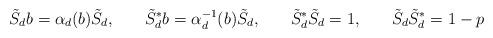
LaTeX: \begin{align*} &\tilde{S}_d b = \alpha_d(b) \tilde{S}_d, &&\tilde{S}_d^* b = \alpha^{-1}_d(b) \tilde{S}_d, &&\tilde{S}_d^*\tilde{S}_d = 1, &&\tilde{S}_d\tilde{S}_d^* = 1-p\end{align*}